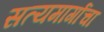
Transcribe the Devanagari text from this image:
सत्यमार्गाचा